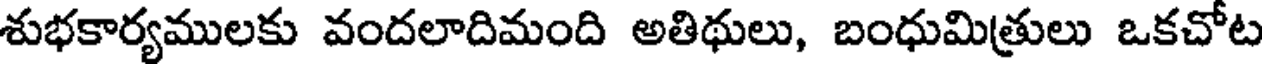
శుభకార్యములకు వందలాదిమంది అతిథులు, బంధుమిత్రులు ఒకచోట